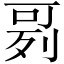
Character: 𠶘